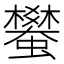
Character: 蠜